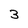
Character: 3